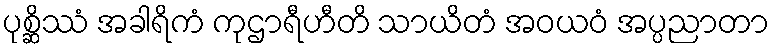
ပုစ္ဆိဿံ အခါရိကံ ကုဌာရီဟီတိ သာယိတံ အဝယဝံ အပ္ပညာတာ